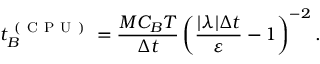
t _ { B } ^ { \mathrm { ~ ( ~ C ~ P ~ U ~ ) ~ } } = \frac { M C _ { B } T } { \Delta t } \left( \frac { | \lambda | \Delta t } { \varepsilon } - 1 \right) ^ { - 2 } .